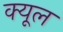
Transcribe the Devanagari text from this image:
क्यूल